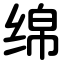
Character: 绵